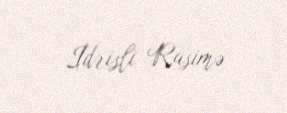
İdrisli Rasimə